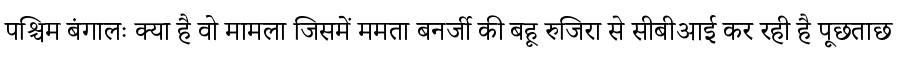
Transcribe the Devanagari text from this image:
पश्चिम बंगालः क्या है वो मामला जिसमें ममता बनर्जी की बहू रुजिरा से सीबीआई कर रही है पूछताछ